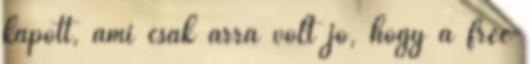
kapott, ami csak arra volt jó, hogy a free